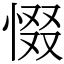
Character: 惙